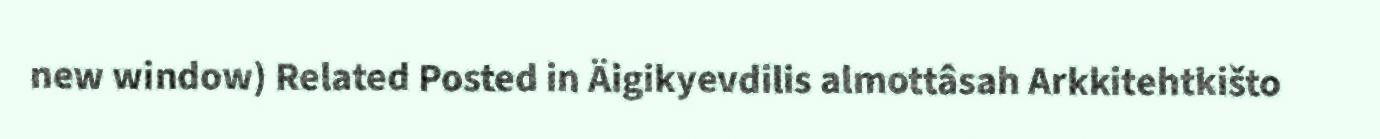
new window) Related Posted in Äigikyevdilis almottâsah Arkkitehtkišto